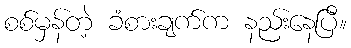
စစ်မှန်တဲ့ ခံစားချက်က နည်းနေပြီ။